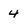
Character: 4